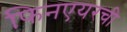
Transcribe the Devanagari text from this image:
फिनएयरची